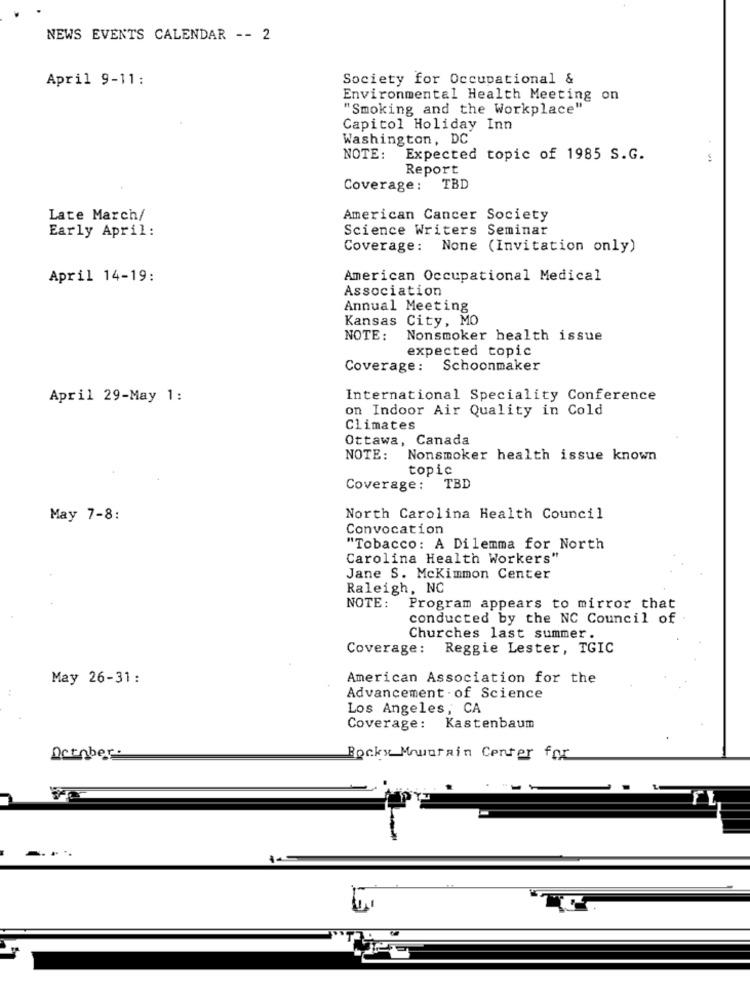
NEWS EVENTS CALENDAR -- 2
April 9-11:
Society for Occupational &
Environmental Health Meeting on
"Smoking and the Workplace"
Capitol Holiday Inn
Washington, DC
NOTE:
Expected topic of 1985 S.G.
Report
Coverage:
TBD
Late March/
American Cancer Society
Science Writers Seminar
Early April:
Coverage: None (Invitation only)
April 14-19:
American Occupational Medical
Association
Annual Meeting
Kansas City, MO
NOTE:
Nonsmoker health issue
expected topic
Coverage: Schoonmaker
April 29-May 1:
International Speciality Conference
on Indoor Air Quality in Cold
Climates
Ottawa, Canada
NOTE:
Nonsmoker health issue known
topic
Coverage:
TBD
May 7-8:
North Carolina Health Council
Convocation
"Tobacco: A Dilemma for North
Carolina Health Workers"
Jane S. McKimmon Center
Raleigh, NC
NOTE:
Program appears to mirror that
conducted by the NC Council of
Churches last summer.
Coverage:
Reggie Lester, TGIC
May 26-31:
American Association for the
Advancement of Science
Los Angeles, CA
Coverage:
Kastenbaum
Deenber.
Rocky Mountain Center for
FL